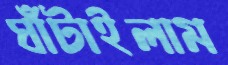
ঘাঁটাইলাম